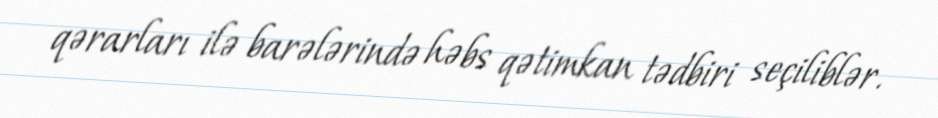
qərarları ilə barələrində həbs qətimkan tədbiri seçiliblər.